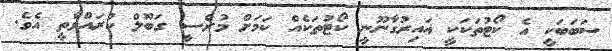
ސަބަބަކީ އެ ކޯޓުތަކަކީ ޣައިރުގާނޫނީ ކޯޓުތަކެއް ކަމަށް މުރްސީ ގަބޫލް ކުރައްވާތީ އެވެ.